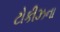
ટોકીઝના